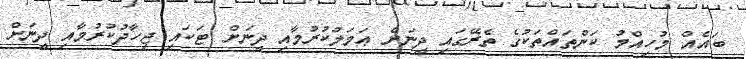
ބައެއް މުހިއްމު ކަންތައްތަކުގެ ތެރޭގައި ދީނަށް ޢަމަލުކުރުމާއި ދީނަށް ޓަކައި ޖިހާދުކުރުމާއި ދީނަށް